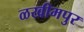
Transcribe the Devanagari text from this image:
ळखीमपुर